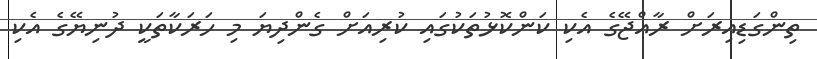
ތިންގަޑިއިރަށް ރާއްޖޭގެ އެކި ކަންކޮޅުތަކުގައި ކުރިއަށް ގެންދިޔަ މި ހަރަކާތަކީ ދުނިިޔޭގެ އެކި